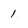
Character: 1